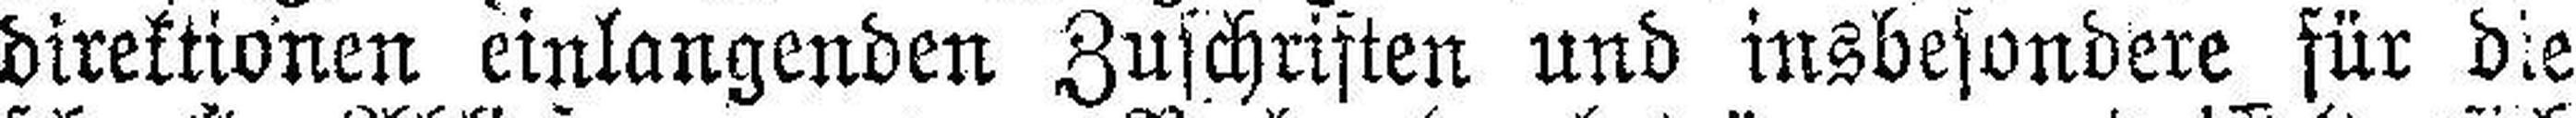
direktionen einlangenden Zuschriften und insbesondere für die